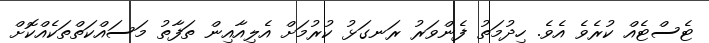
ޓެސްޓެއް ކުރެވެ އެވެ. ހިދުމަތު ފެންވަރު ރަނގަޅު ކުރުމަށް އެލިއާއިން ތަފާތު މަސައްކަތްތަކެއްކޮށް